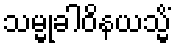
သမ္မုခါဝိနယသ္မိံ